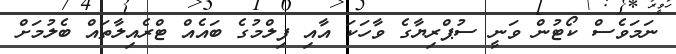
ނަމަވެސް ކޯޓުން ވަނީ ސުޕްރިޔާގެ ވާހަކަ އާއި ފިލްމުގެ ބައެއް ޓްރެއިލާތައް ބެލުމަށް